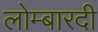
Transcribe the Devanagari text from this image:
लोम्बारदी